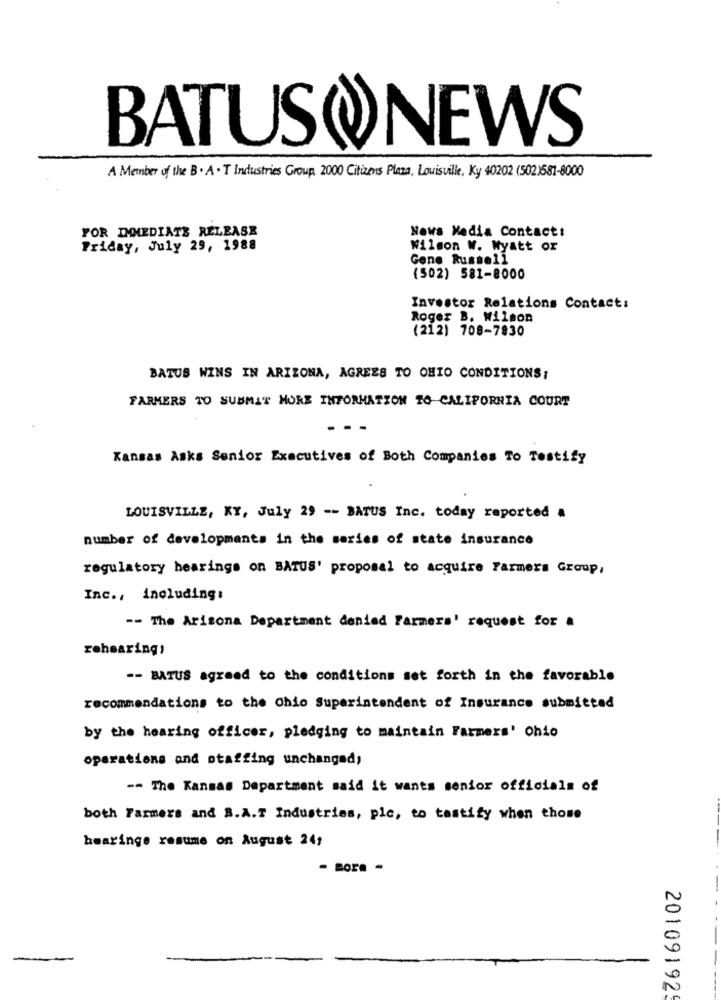
BATUSONEWS
A Member of the B . A . T Industries Group. 2000 Citizens Plaza, Louisville, Ky 40202 (502)581-8000
FOR IMMEDIATE RELEASE
News Media Contact:
Friday, July 29, 1988
Wilson W. Wyatt or
Gone Russell
(502) 581-8000
Investor Relations Contact:
Roger B. Wilson
(212) 708-7830
BATUS WINS IN ARIZONA, AGREES TO OHIO CONDITIONS;
FARMERS TO SUBMIT MORE INFORMATION TO CALIFORNIA COURT
Kansas Asks Senior Executives of Both Companies To Testify
LOUISVILLE, KY, July 29 -- BATUS Inc. today reported a
number of developments in the series of state insurance
regulatory hearings on BATUS' proposal to acquire Farmers Group,
Inc ., including:
-- The Arizona Department denied Farmers' request for a
rohearing:
-- BATUS agreed to the conditions set forth in the favorable
recommendations to the Chio Superintendent of Insurance submitted
by the hearing officer, pledging to maintain Farmers' Ohio
operations and staffing unchanged;
-- The Kansas Department said it wants senior officials of
both Farmers and B.A.T Industries, plc, to testify when those
hearinge resume on August 24,
- more -
20109192